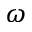
\omega